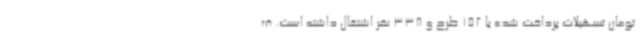
تومان تسهیلات پرداخت شده با 152 طرح و 338 نفر اشتغال داشته است. ف